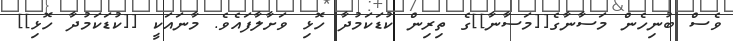
ވެސް ބުނިހެން މަސާނާގެ[[މަސާނާ]]ގެ ތިރިން ކުޑަކަމުދާ ހޮޅި ވަށާލާފައެވެ. މާނައަކީ [[ކުޑަކަމުދާ ހޮޅި]]